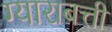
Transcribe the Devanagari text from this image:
ग्याराबत्ती